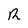
Character: R